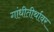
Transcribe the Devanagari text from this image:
गांधीतीर्थावर